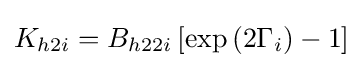
K_{h2i}=B_{h22i}\left[\exp \left(2\Gamma _{i}\right)-1\right]